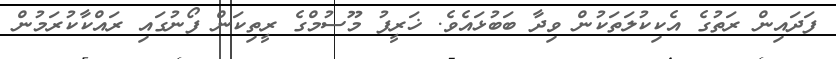
ފަދައިން ރަތުގެ އެކިކުލަތަކުން ވިދާ ބަބުޅައެވެ. ޚަރީފު މޫސުމްގެ ރީތިކަން ފޯނުގައި ރައްކާކުރަމުން